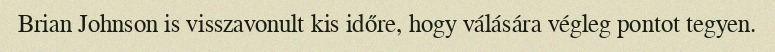
Brian Johnson is visszavonult kis időre, hogy válására végleg pontot tegyen.